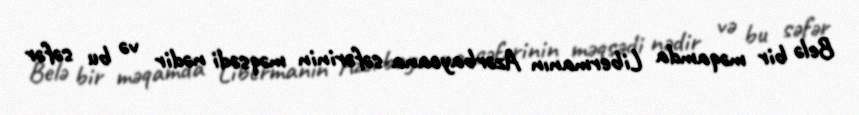
Belə bir məqamda Libermanın Azərbaycana səfərinin məqsədi nədir və bu səfər